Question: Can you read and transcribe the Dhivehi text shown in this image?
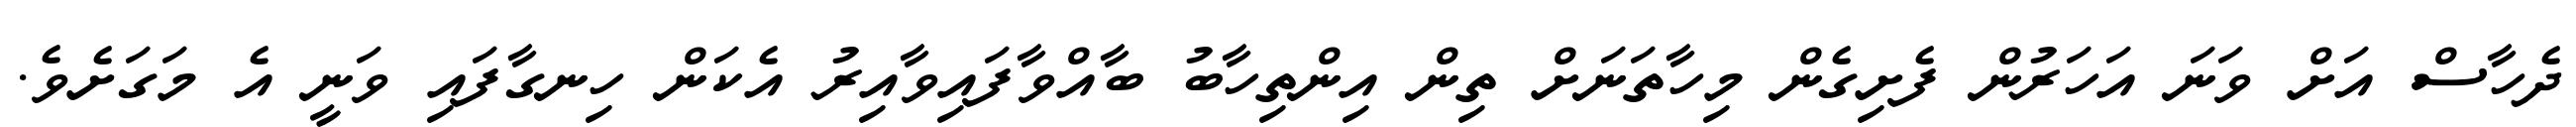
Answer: ދެހާސް އަށް ވަނަ އަހަރުން ފެށިގެން މިހާތަނަށް ތިން އިންތިހާބު ބާއްވާފައިވާއިރު އެކަން ހިނގާފައި ވަނީ އެ މަގަށެވެ.